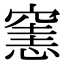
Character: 𥧟